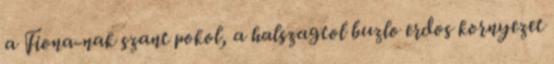
a Fiona-nak szant pokol, a halszagtol buzlo erdos kornyezet